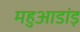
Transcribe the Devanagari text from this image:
महुआडांड़